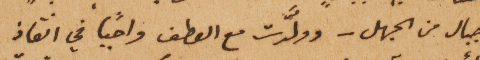
جبال من الجهل – وولّدت مع العطف واجباً في انقاذ